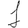
Digit: 1